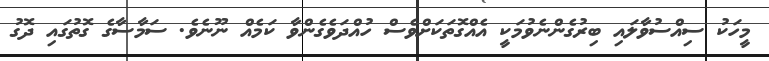
މީހަކު ސިއްސުވާލައި ބިރުގެންނެވުމަކީ އެއްގޮތަކަށްވެސް ހުއްދަވެގެންވާ ކަމެއް ނޫނެވެ. ސަމާސާގެ ގޮތުގައި ދޮގު